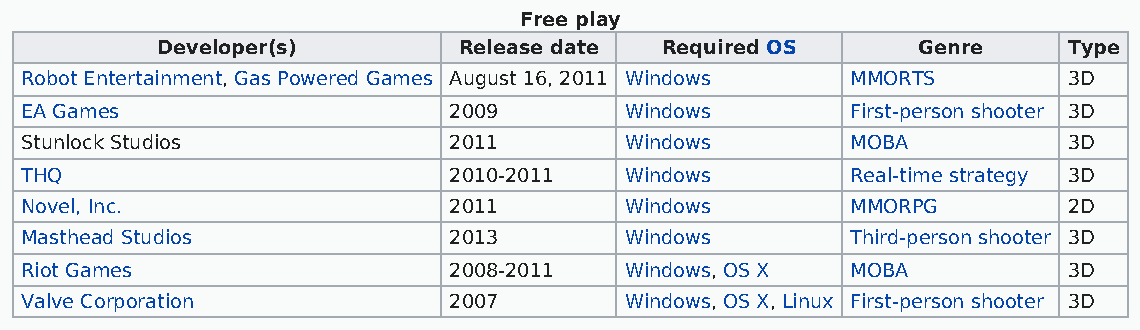
Free play
 Developer(s)        Release date  Required OS      Genre     Type
 Robot Entertainment, Gas Powered Games August 16, 2011 Windows MMORTS 3D
 EA Games                     2009       Windows        First-person shooter 3D
 Stunlock Studios             2011       Windows        MOBA           3D
 THQ                          2010-2011  Windows        Real-time strategy 3D
 Novel, Inc.                  2011       Windows        MMORPG         2D
 Masthead Studios             2013       Windows        Third-person shooter 3D
 Riot Games                   2008-2011  Windows, OS X  MOBA           3D
 Valve Corporation            2007       Windows, OS X, Linux First-person shooter 3D